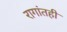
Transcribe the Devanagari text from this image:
रागांतही